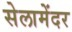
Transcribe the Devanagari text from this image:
सेलामेंदर